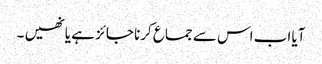
آیا اب اس سے جماع کرنا جائز ہے یا نھیں ۔